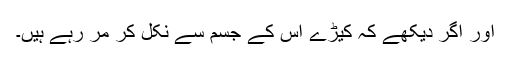
اور اگر دیکھے کہ کیڑے اس کے جسم سے نکل کر مر رہے ہیں۔